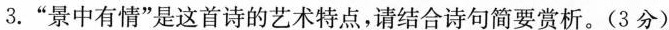
3. ”景中有情”是这首诗的艺术特点，请结合诗句简要赏析。(3分)